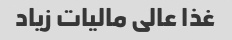
غذا عالی مالیات زیاد